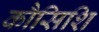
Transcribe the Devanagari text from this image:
कौसिशि